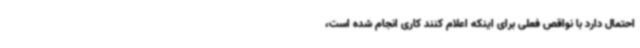
احتمال دارد با نواقص فعلی برای اینکه اعلام کنند کاری انجام شده است،